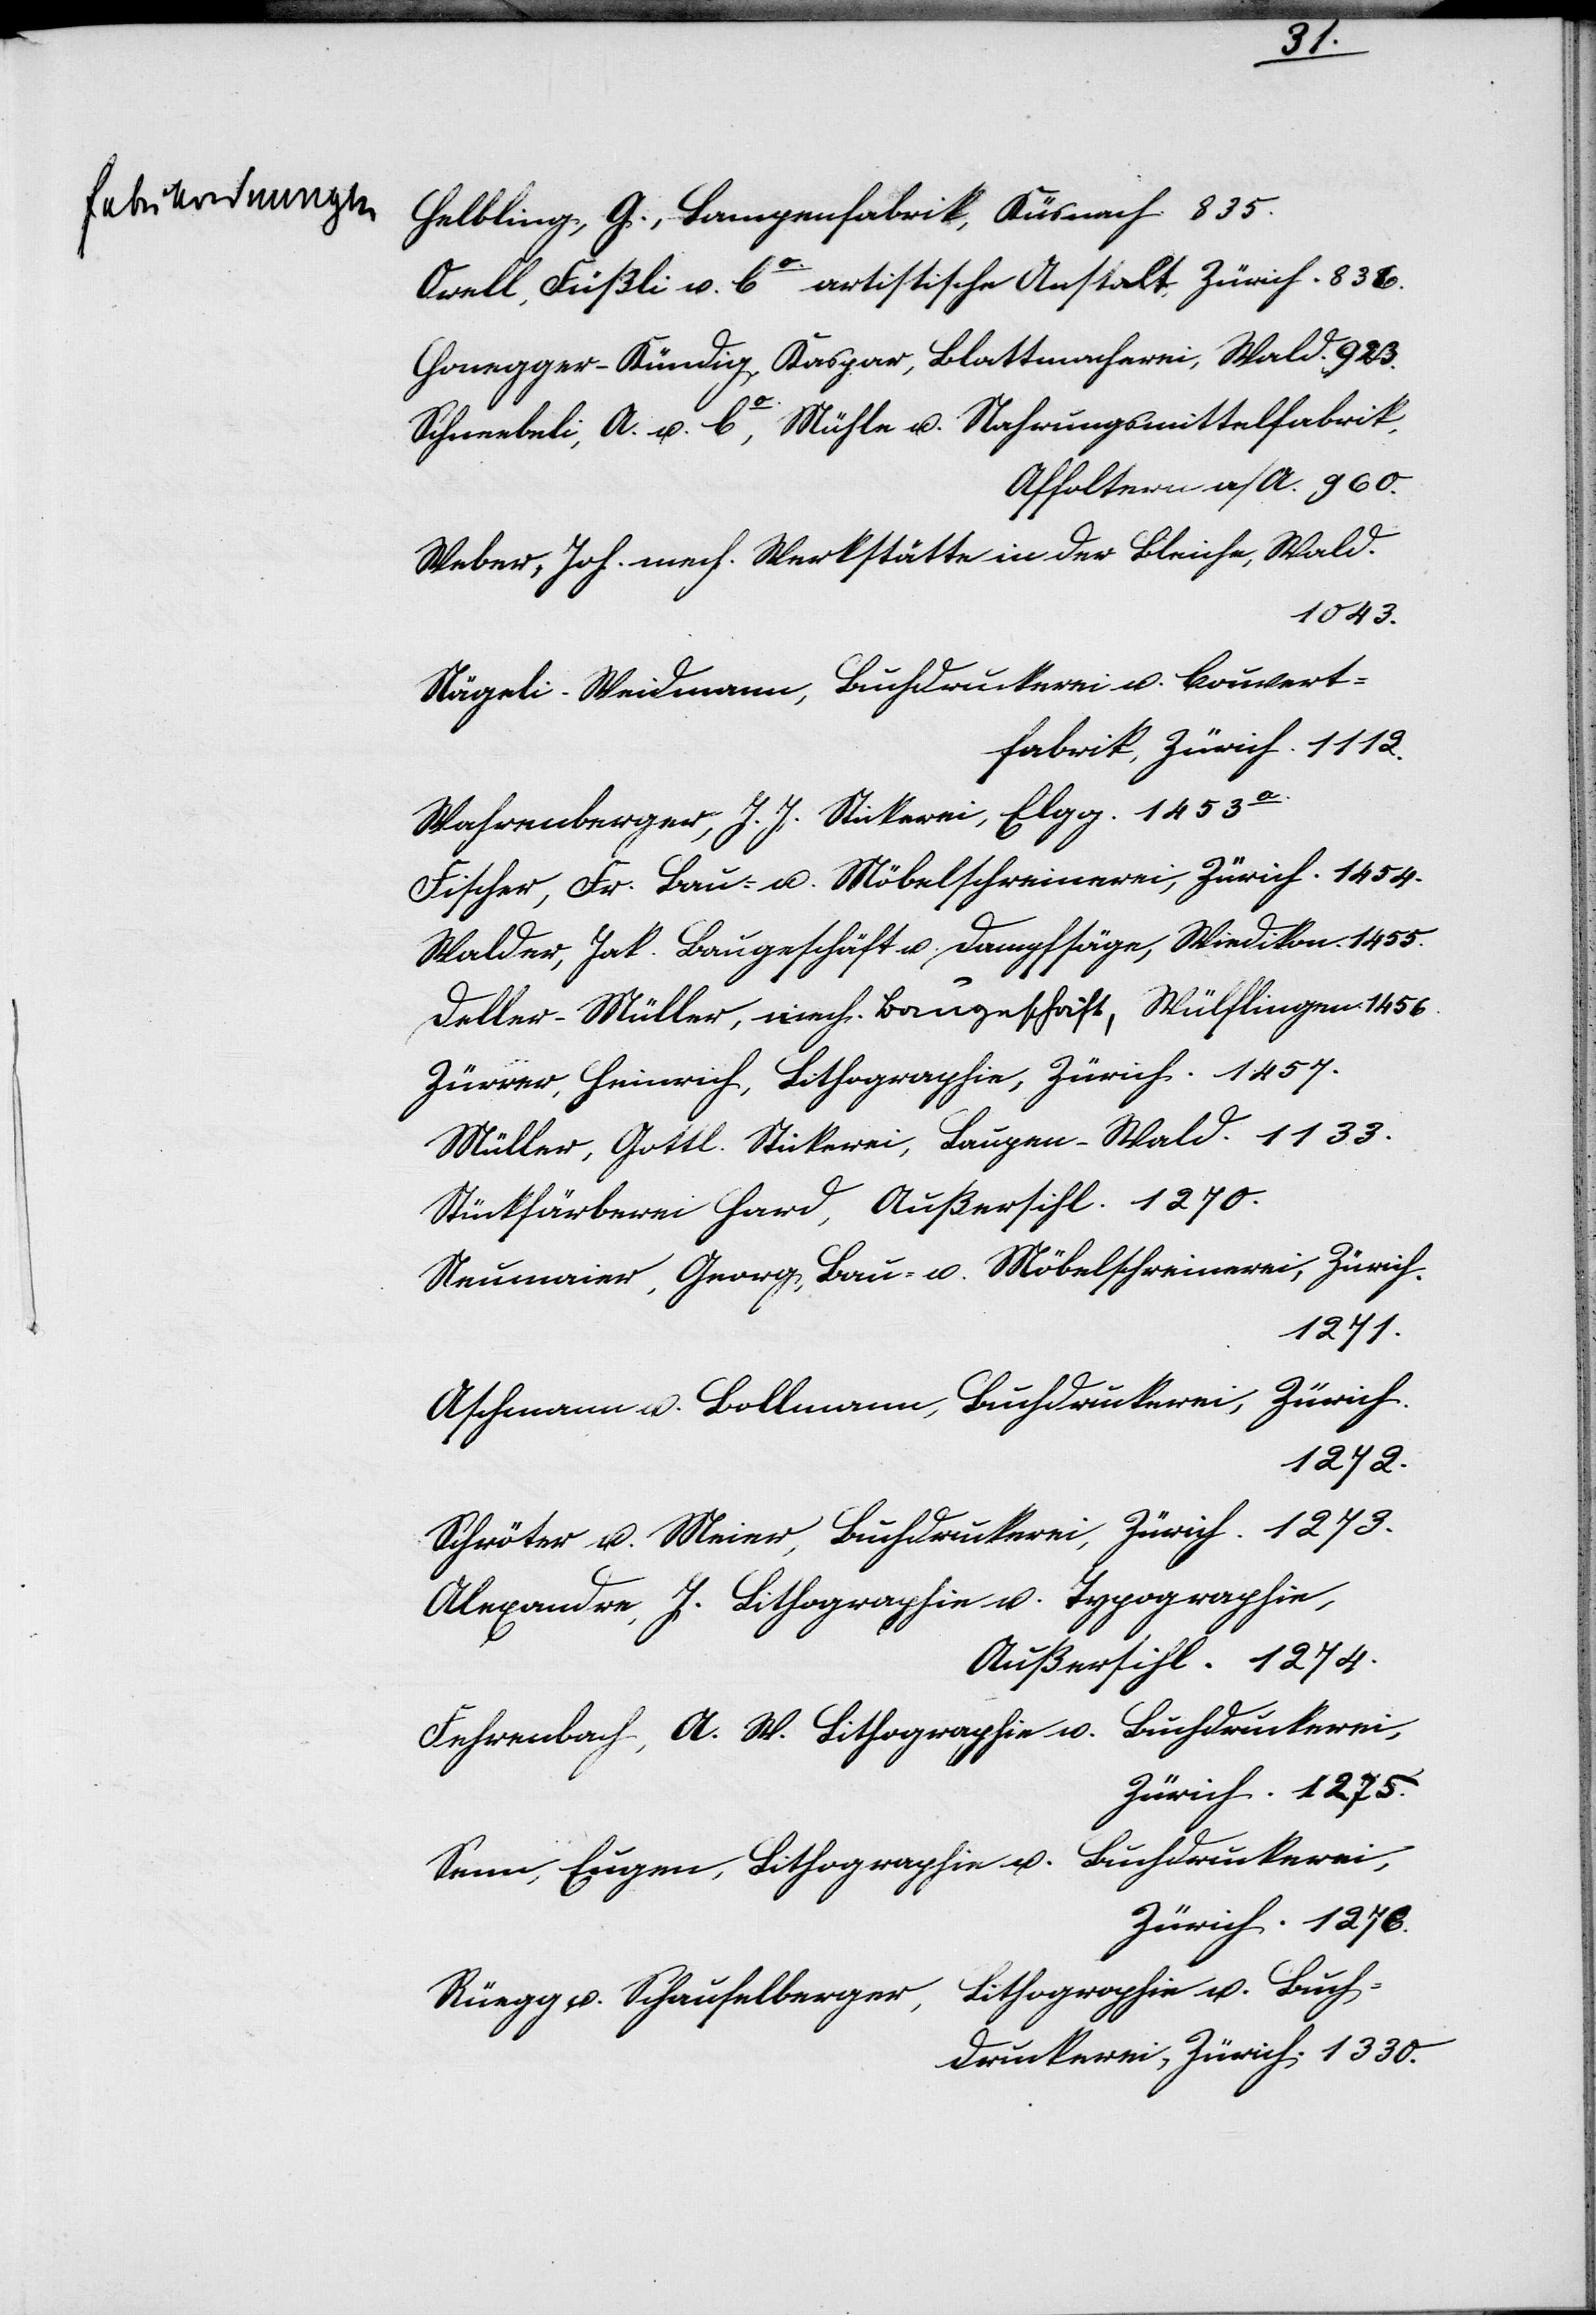
geschiedene Frau Honegger,

Fr.